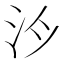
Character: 𪵯